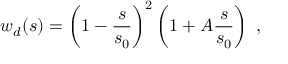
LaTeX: w _ { d } ( s ) = \left( 1 - { \frac { s } { s _ { 0 } } } \right) ^ { 2 } \left( 1 + A { \frac { s } { s _ { 0 } } } \right) \ ,